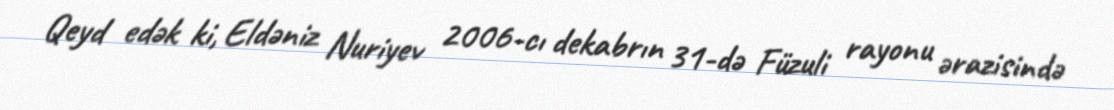
Qeyd edək ki, Eldəniz Nuriyev 2006-cı dekabrın 31-də Füzuli rayonu ərazisində